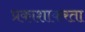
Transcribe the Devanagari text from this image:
प्रकाशाकरता